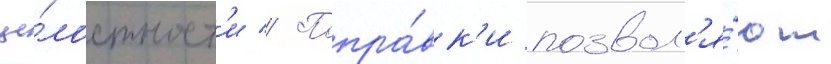
це́лостност'и // Попра́вк'и позвол'я́ют